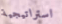
استراتيجية